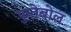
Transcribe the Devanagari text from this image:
फुतेबोल